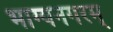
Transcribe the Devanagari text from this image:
भाग्यनगरम्